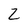
Character: Z